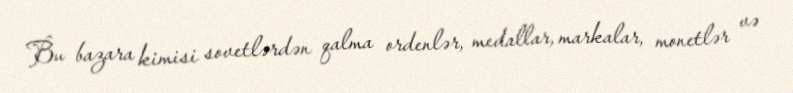
Bu bazara kimisi sovetlərdən qalma ordenlər, medallar, markalar, monetlər və